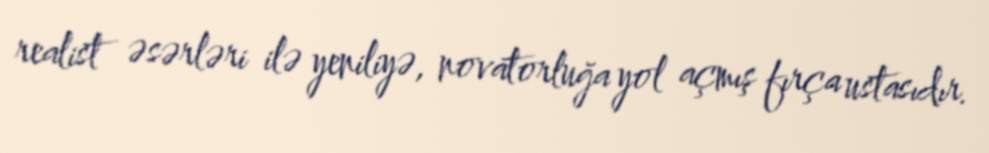
realist əsərləri ilə yeniliyə, novatorluğa yol açmış fırça ustasıdır.